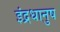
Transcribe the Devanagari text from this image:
इंद्रधानुष